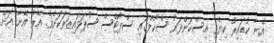
އޭނާ ކުޑައިރު ކިޔެވި އިސްކަންދަރު ސްކޫލްގައި ސްޕޯޓްސް ސުޕަވައިޒަރަކަށެވެ. އޭރު އޭނާ އަށް